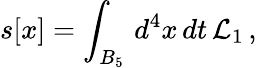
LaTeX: s[x]=\int_{B_{5}}\, d^{4}x\, dt\, {\cal L}_{1}\, ,